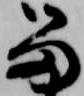
留